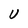
Character: U